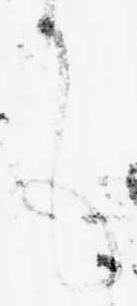
も